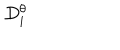
D _ { i } ^ { \theta }